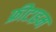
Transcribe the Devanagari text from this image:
फ्रीटाइम